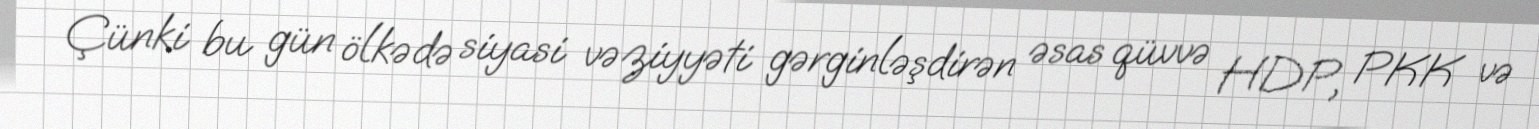
Çünki bu gün ölkədə siyasi vəziyyəti gərginləşdirən əsas qüvvə HDP, PKK və